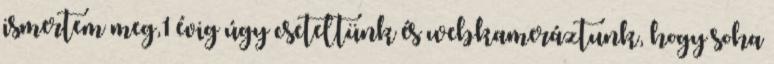
ismertem meg,1 évig úgy cseteltünk és webkameráztunk, hogy soha